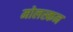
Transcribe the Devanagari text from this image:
मोलस्कन